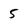
Character: 5